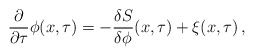
\begin{align*}\frac{\partial}{\partial\tau} \phi(x,\tau) =- \frac{\delta S}{\delta\phi}(x,\tau) + \xi(x,\tau) \, ,\end{align*}